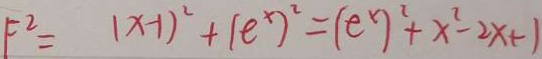
F ^ { 2 } = ( x - 1 ) ^ { 2 } + ( e ^ { x } ) ^ { 2 } = ( e ^ { x } ) ^ { 2 } + x ^ { 2 } - 2 x + 1